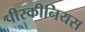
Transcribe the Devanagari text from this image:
पीस्कीनियस